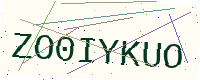
Text: ZO0IYKUO